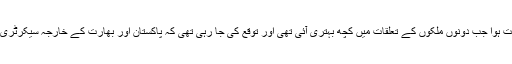
پٹھان کوٹ میں فضائیہ کے اڈے پر یہ حملہ ایک ایسے وقت ہوا جب دونوں ملکوں کے تعلقات میں کچھ بہتری آئی تھی اور توقع کی جا رہی تھی کہ پاکستان اور بھارت کے خارجہ سیکرٹری سطح کے مذاکرات کے بعد اس میں مزید بہتری آئے گی۔